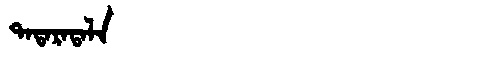
Manchu: ᡨᠠᡨᠠᡵᠠᡨᠠᠯᠠ
Romanization: TATARATALA